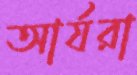
আর্যরা